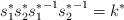
LaTeX: \begin{align*}s^*_1 s^*_2 {s^*_1}^{-1} {s^*_2}^{-1}=k^*\end{align*}